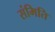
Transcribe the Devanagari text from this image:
संमिति